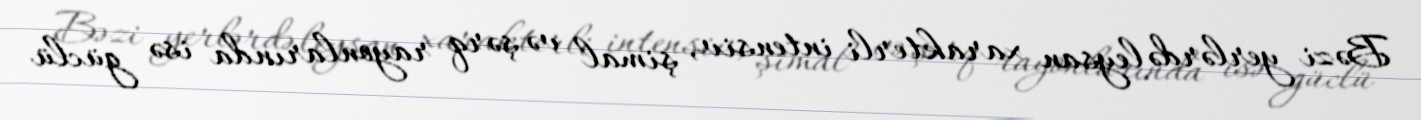
Bəzi yerlərdə leysan xarakterli intensiv, şimal və şərq rayonlarında isə güclü